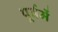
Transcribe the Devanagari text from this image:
पूर्वमें